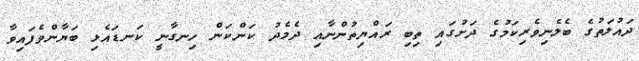
ދައުލަތުގެ ބެލެނިވެރިކަމުގެ ދަށުގައި ތިބި ރައްޔިތުންނާއި ދެމެދު ކަންކަން ހިނގާނީ ކަނޑައެޅި ބަޔާންވެފައިވާ